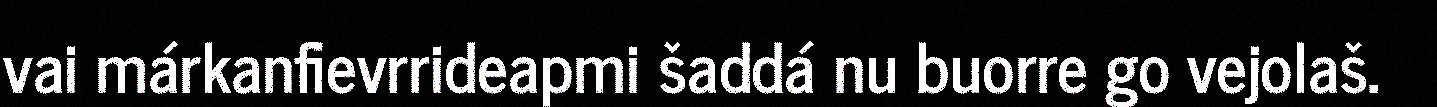
vai márkanfievrrideapmi šaddá nu buorre go vejolaš.